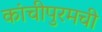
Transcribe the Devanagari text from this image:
कांचीपुरमची